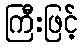
ကြီးဖြင့်